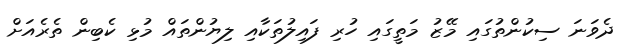
ދެވަނަ ސިކުންތުގައި މޭޒު މަތީގައި ހުރި ފައިލުތަކާއި ލިޔުންތައް މުޅި ކެބިން ތެރެއަށް